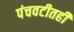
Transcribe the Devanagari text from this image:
पंचवटीतही